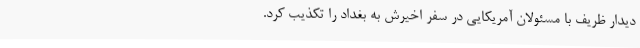
دیدار ظریف با مسئولان آمریکایی در سفر اخیرش به بغداد را تکذیب کرد.